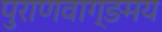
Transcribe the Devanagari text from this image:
पुराणवाग्ङमय